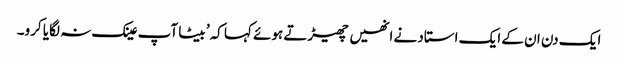
ایک دن ان کے ایک استاد نے انھیں چھیڑتے ہوئے کہا کہ’ بیٹا آپ عینک نہ لگایا کرو۔